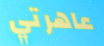
عاهرتي